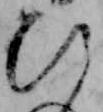
ひ